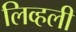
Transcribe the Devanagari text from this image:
लिव्हली